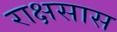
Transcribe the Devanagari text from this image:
राक्षसास